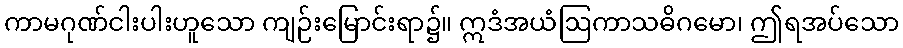
ကာမဂုဏ်ငါးပါးဟူသော ကျဉ်းမြောင်းရာ၌။ ဣဒံအယံဩကာသဓိဂမော၊ ဤရအပ်သော